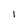
Character: I